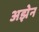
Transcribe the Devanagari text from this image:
अझेन